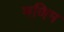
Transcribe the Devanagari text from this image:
मणिम